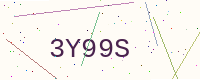
Text: 3Y99S